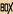
BOX